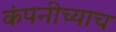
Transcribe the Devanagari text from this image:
कंपनीच्याच